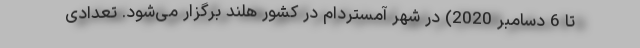
تا 6 دسامبر 2020) در شهر آمستردام در کشور هلند برگزار می‌شود. تعدادی